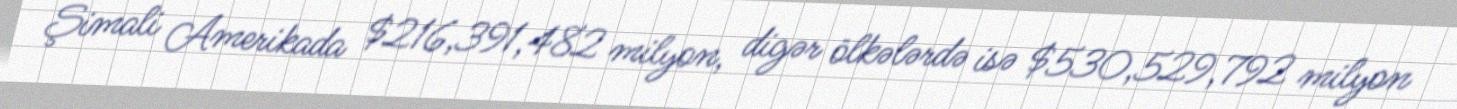
Şimali Amerikada $216,391,482 milyon, digər ölkələrdə isə $530,529,792 milyon